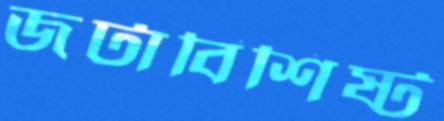
জটাবিশিষ্ট